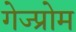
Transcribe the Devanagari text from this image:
गेज्प्रोम